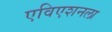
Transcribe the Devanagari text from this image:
एविएशनला